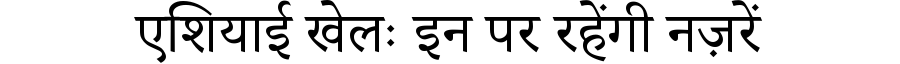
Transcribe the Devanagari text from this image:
एशियाई खेलः इन पर रहेंगी नज़रें